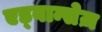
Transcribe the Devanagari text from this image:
एड्वान्सेज़